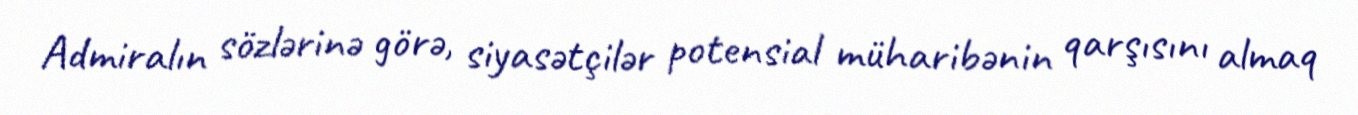
Admiralın sözlərinə görə, siyasətçilər potensial müharibənin qarşısını almaq